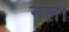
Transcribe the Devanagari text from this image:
नल।